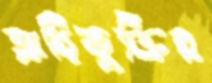
অধিভুক্তির